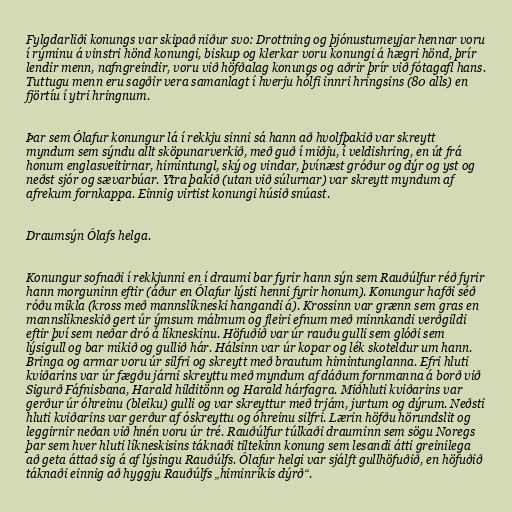
Fylgdarliði konungs var skipað niður svo: Drottning og þjónustumeyjar hennar voru
í rýminu á vinstri hönd konungi, biskup og klerkar voru konungi á hægri hönd, þrír
lendir menn, nafngreindir, voru við höfðalag konungs og aðrir þrír við fótagafl hans.
Tuttugu menn eru sagðir vera samanlagt í hverju hólfi innri hringsins (80 alls) en
fjörtíu í ytri hringnum.

Þar sem Ólafur konungur lá í rekkju sinni sá hann að hvolfþakið var skreytt
myndum sem sýndu allt sköpunarverkið, með guð í miðju, í veldishring, en út frá
honum englasveitirnar, himintungl, ský og vindar, þvínæst gróður og dýr og yst og
neðst sjór og sævarbúar. Ytra þakið (utan við súlurnar) var skreytt myndum af
afrekum fornkappa. Einnig virtist konungi húsið snúast.

Draumsýn Ólafs helga.

Konungur sofnaði í rekkjunni en í draumi bar fyrir hann sýn sem Rauðúlfur réð fyrir
hann morguninn eftir (áður en Ólafur lýsti henni fyrir honum). Konungur hafði séð
róðu mikla (kross með mannslíkneski hangandi á). Krossinn var grænn sem gras en
mannslíkneskið gert úr ýmsum málmum og fleiri efnum með minnkandi verðgildi
eftir því sem neðar dró á líkneskinu. Höfuðið var úr rauðu gulli sem glóði sem
lýsigull og bar mikið og gullið hár. Hálsinn var úr kopar og lék skoteldur um hann.
Bringa og armar voru úr silfri og skreytt með brautum himintunglanna. Efri hluti
kviðarins var úr fægðu járni skreyttu með myndum af dáðum fornmanna á borð við
Sigurð Fáfnisbana, Harald hilditönn og Harald hárfagra. Miðhluti kviðarins var
gerður úr óhreinu (bleiku) gulli og var skreyttur með trjám, jurtum og dýrum. Neðsti
hluti kviðarins var gerður af óskreyttu og óhreinu silfri. Lærin höfðu hörundslit og
leggirnir neðan við hnén voru úr tré. Rauðúlfur túlkaði drauminn sem sögu Noregs
þar sem hver hluti líkneskisins táknaði tiltekinn konung sem lesandi átti greinilega
að geta áttað sig á af lýsingu Rauðúlfs. Ólafur helgi var sjálft gullhöfuðið, en höfuðið
táknaði einnig að hyggju Rauðúlfs „himinríkis dýrð“.